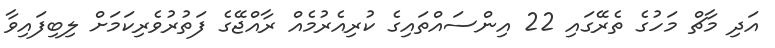
އަދި މާޗް މަހުގެ ތެރޭގައި 22 އިންސައްތައިގެ ކުރިއެރުމެއް ރާއްޖޭގެ ފަތުރުވެރިކަމަށް ލިބިފައިވާ